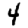
Digit: 4